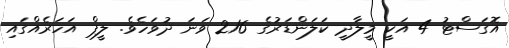
އޮގަސްޓު 4 އަކީ މީލާދީ ކަލަންޑަރުގެ 216 ވަނަ ދުވަހެވެ. ލީޕް އަހަރެއްގައި